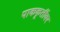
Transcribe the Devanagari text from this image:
पाककृतींवर